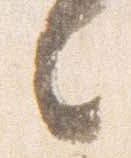
々